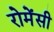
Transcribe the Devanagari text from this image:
रोमेंसी